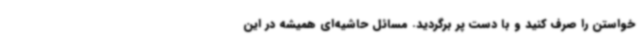
خواستن را صرف کنید و با دست پر برگردید. مسائل حاشیه‌ای همیشه در این